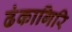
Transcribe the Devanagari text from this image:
ढंकागिरि